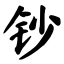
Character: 钞